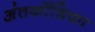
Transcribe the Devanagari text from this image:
अंतर्कोशिका